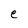
Character: e